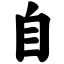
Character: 自